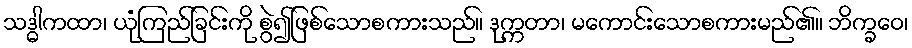
သဒ္ဓါကထာ၊ ယုံကြည်ခြင်းကို စွဲ၍ဖြစ်သောစကားသည်။ ဒုက္ကတာ၊ မကောင်းသောစကားမည်၏။ ဘိက္ခဝေ၊